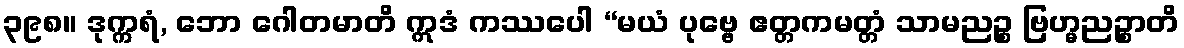
၃၉၈။ ဒုက္ကရံ, ဘော ဂေါတမာတိ ဣဒံ ကဿပေါ “မယံ ပုဗ္ဗေ ဧတ္တကမတ္တံ သာမညဉ္စ ဗြဟ္မညဉ္စာတိ